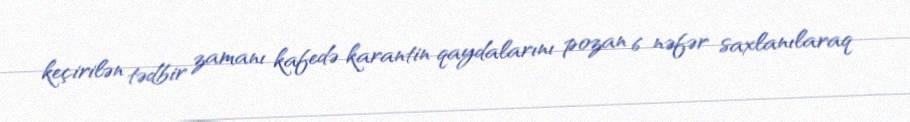
keçirilən tədbir zamanı kafedə karantin qaydalarını pozan 6 nəfər saxlanılaraq